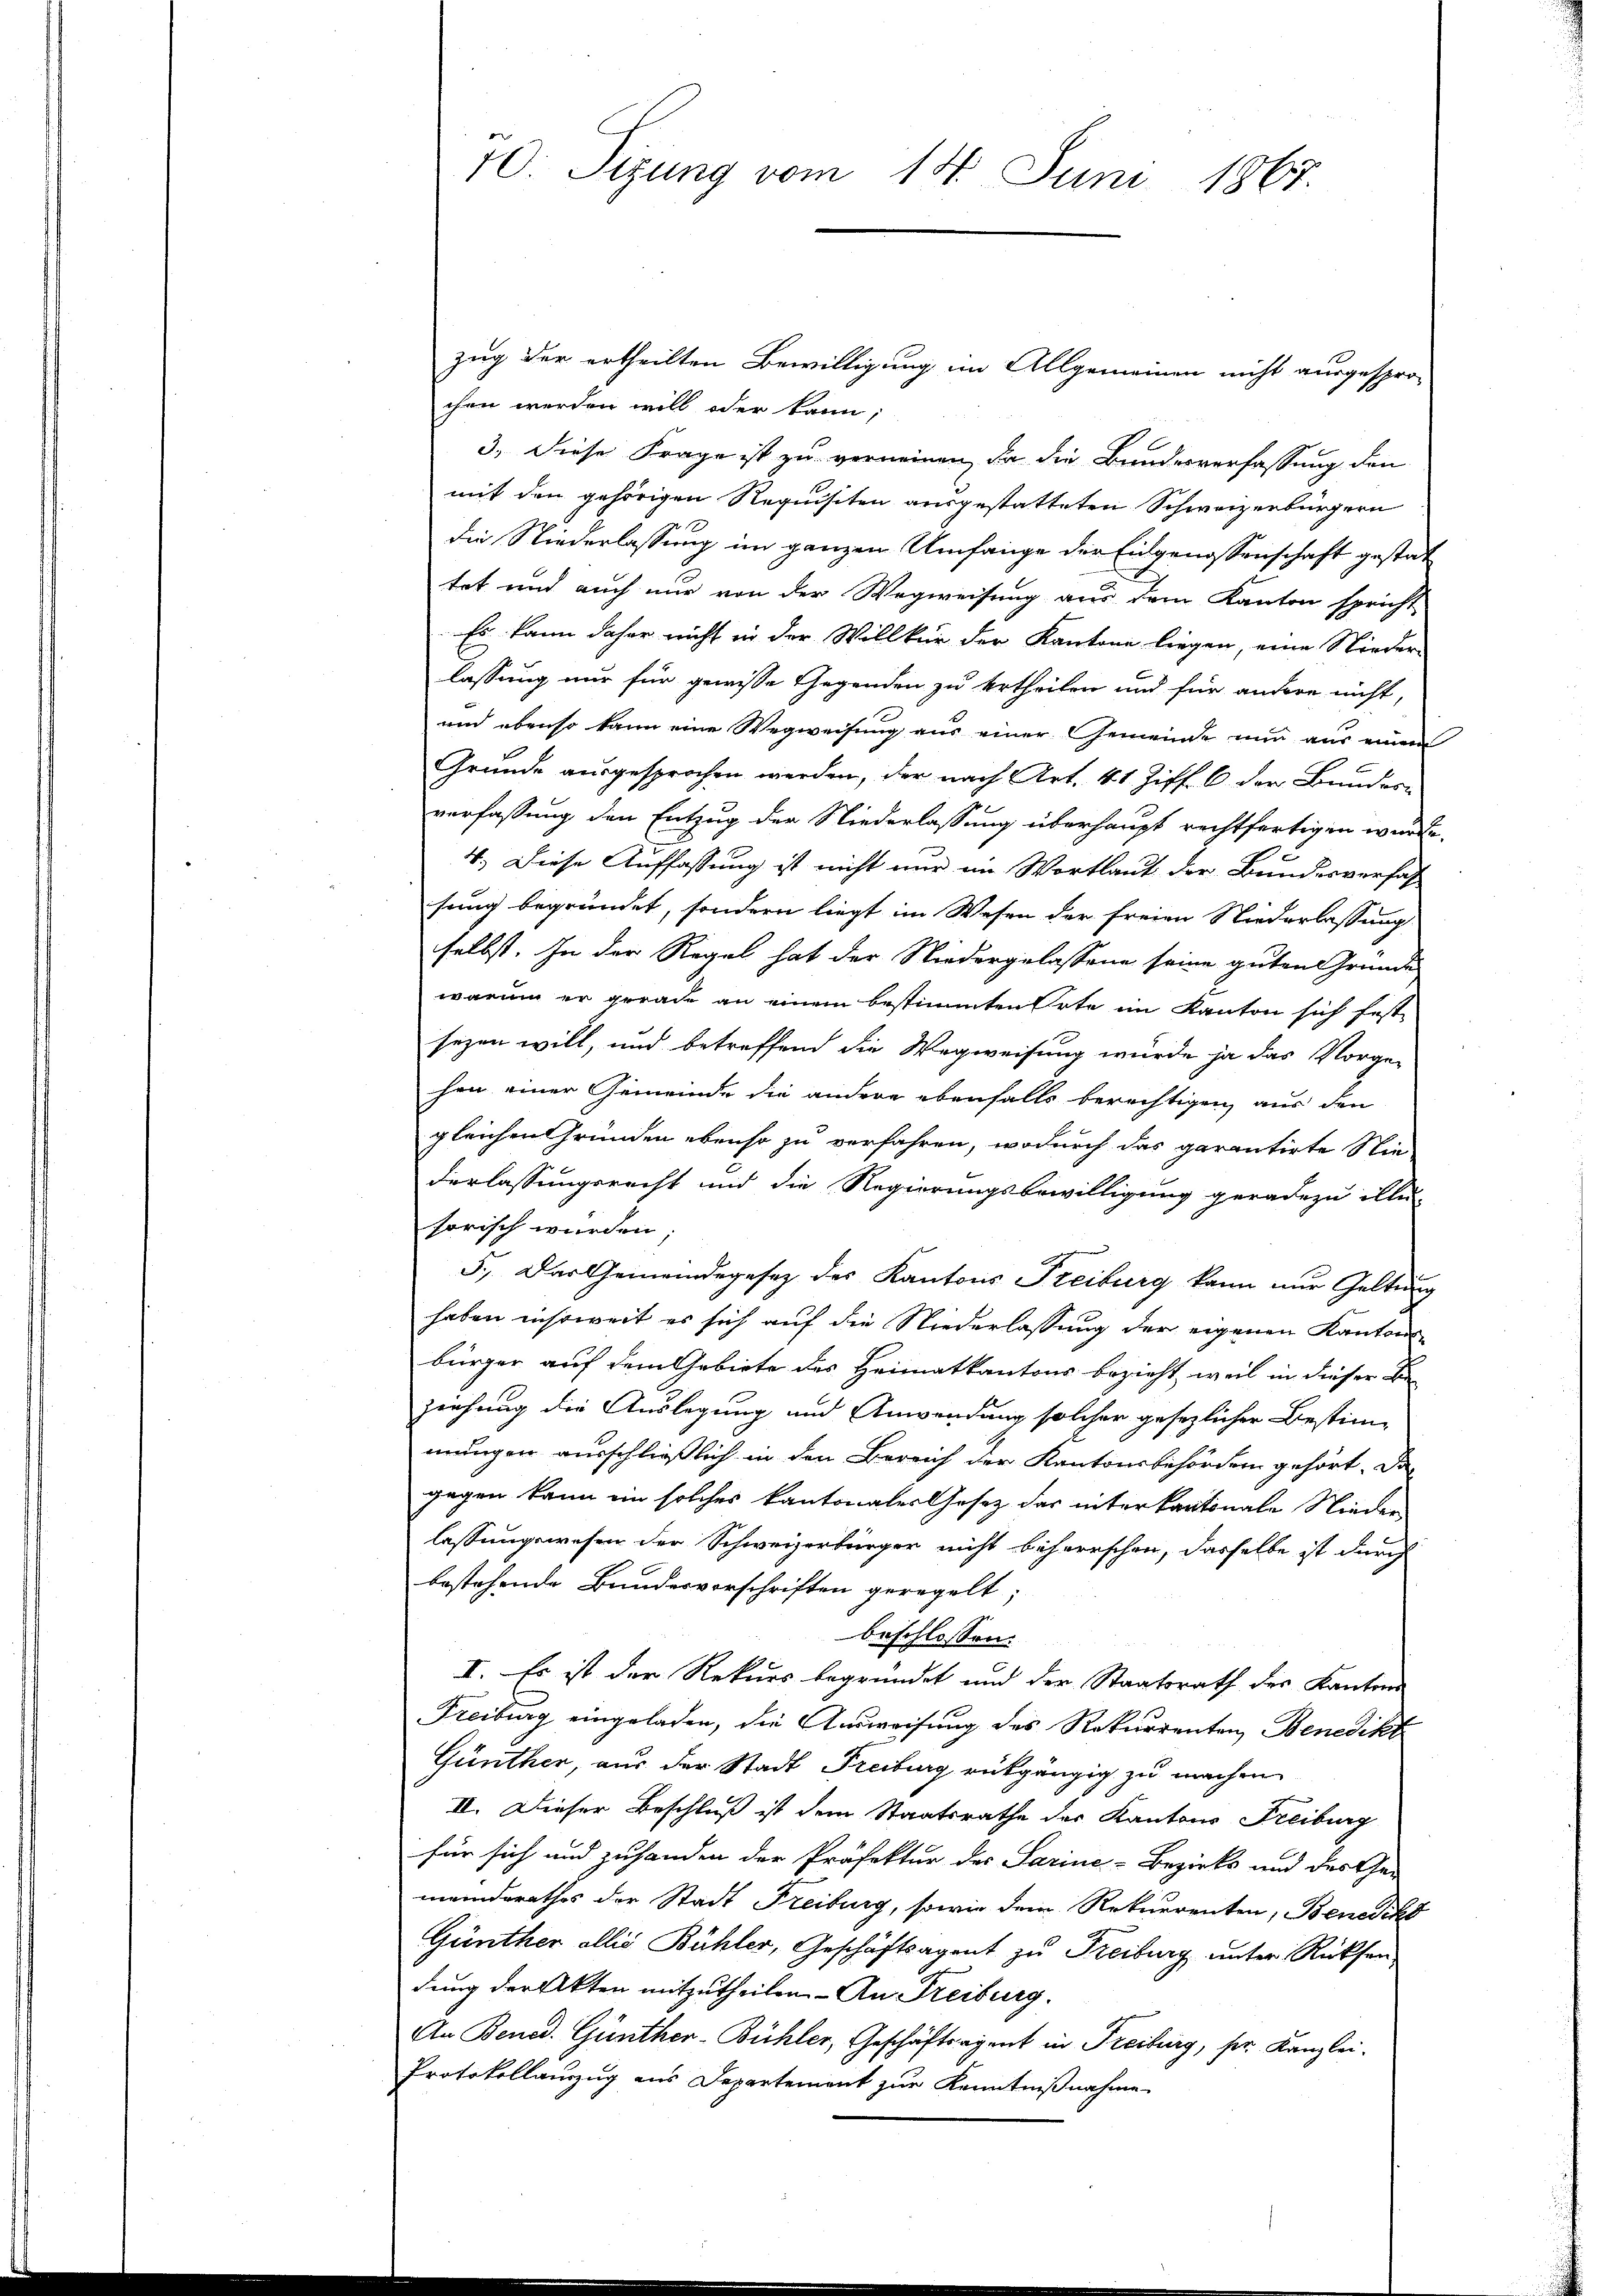
zug der ertheilten Bewilligung im Allgemeinen nicht ausgespro-
chen werden will oder kann,
3. Diese Frage ist zu verneinen, da die Bundesverfassung den
mit den gehörigen Requisiten ausgestatteten Schweizerbürgern
die Niederlassung im ganzen Umfange der Eidgenossenschaft gestattet und auch nur von der Wegweisung aus dem Kanton spricht
Es kann daher nicht in der Willkür der Kantone liegen, eine Nieder
lassung nur für gewisse Gegenden zu ertheilen und für andere nicht,
und ebenso kann eine Wegweisung aus einer Gemeinde nun aus einem
Grunde ausgesprochen werden, der nach Art. 41 Ziff. 6 der Bundes-
verfassung den Entzug der Niederlassung überhaupt rechtfertigen wurde.
4.) Diese Auffassung ist nicht nur in Wortlaut der Bundesverfas
sung begründet, sondern liegt im Wesen der freien Niederlassung
selbst. In der Regel hat der Niedergelassene seine guten Gründe
warum er gerade an einem bestimmten Orte im Kanton sich fest-
sezen will, und betreffend die Wegweisung würde ja das Vorge-
hen einer Gemeinde die andere ebenfalls berechtigen, aus den
gleichen Gründen ebenso zu verfahren, wodurch das garantirte Nie-
derlassungsrecht und die Regierungsbewilligung geradezu illu-
sorisch wurden,
5.) Das Gemeindegesetz des Kantons Freiburg kann nur Geltung
haben insoweit es sich auf die Niederlassung der eigenen Kantons
bürger auf dem Gebiete des Heimatkantons bezieht, weil in dieser Be-
zeichung die Auslegung und Anwendung solcher gesezlicher Bestim-
mungen ausschließlich in den Bereich der Kantonsbehörden gehört. Da
gegen kann ein solches kantonales Gesetz das interkantonale Nieder
lassungswesen der Schweizerbürger nicht beherrschen, dasselbe ist durch
bestehende Bundesvorschriften geregelt;
beschlossen:
I. Es ist der Rekurs begründet und der Staatsrath der Kantons
Freiburg eingeladen, die Ausweisung des Rekurrenten Benedikt
Günther, aus der Stadt Freiburg rückgängig zu machen
II. Dieser Beschluß ist dem Staatsrathe des Kantons Freiburg
für sich und zuhanden der Präfektur des Sarine-Bezirks und der Ge-
meinderathes der Stadt Freiburg, sowie dem Rekurrenten, Benedikt
Günther allis Bühler, Geschäftsagent zu Freiburg unter Rücksen-
dung der Akten mitzutheilen. - An Freiburg.
An Bened. Günther-Bühler, Geschäftsagent in Freiburg, ser Kanzlei-
Protokollauszug aus Departement zur Kenntnißnahme

10. Sizung vom 14. Juni 1867.